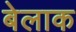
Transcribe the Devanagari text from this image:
बेलाक